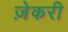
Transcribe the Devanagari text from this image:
ज़ेकरी